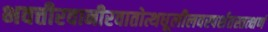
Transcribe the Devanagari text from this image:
भवत्तीरवानीरवातोत्थधूलीलवस्पर्शतस्तत्क्षणं